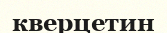
кверцетин